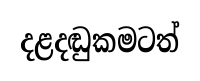
දළදඬුකමටත්